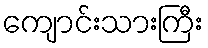
ကျောင်းသားကြီး